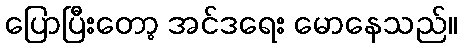
ပြောပြီးတော့ အင်ဒရေး မောနေသည်။